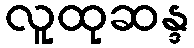
လူထုဆန္ဒ